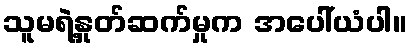
သူမရဲ့နှုတ်ဆက်မှုက အပေါ်ယံပါ။